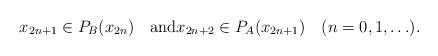
\begin{gather*}x_{2n+1}\in P_B(x_{2n})\quad\mbox{and}x_{2n+2}\in P_A(x_{2n+1})\quad(n=0,1,\ldots).\end{gather*}